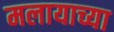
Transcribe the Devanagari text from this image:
मलायाच्या